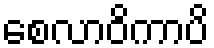
စေလာဝိကာပိ